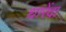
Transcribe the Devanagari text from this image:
धारेंदा